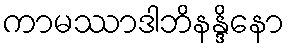
ကာမဿာဒါဘိနန္ဒိနော